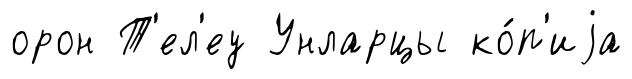
орон Т'ел'еу Унларцы ко́п'иjа